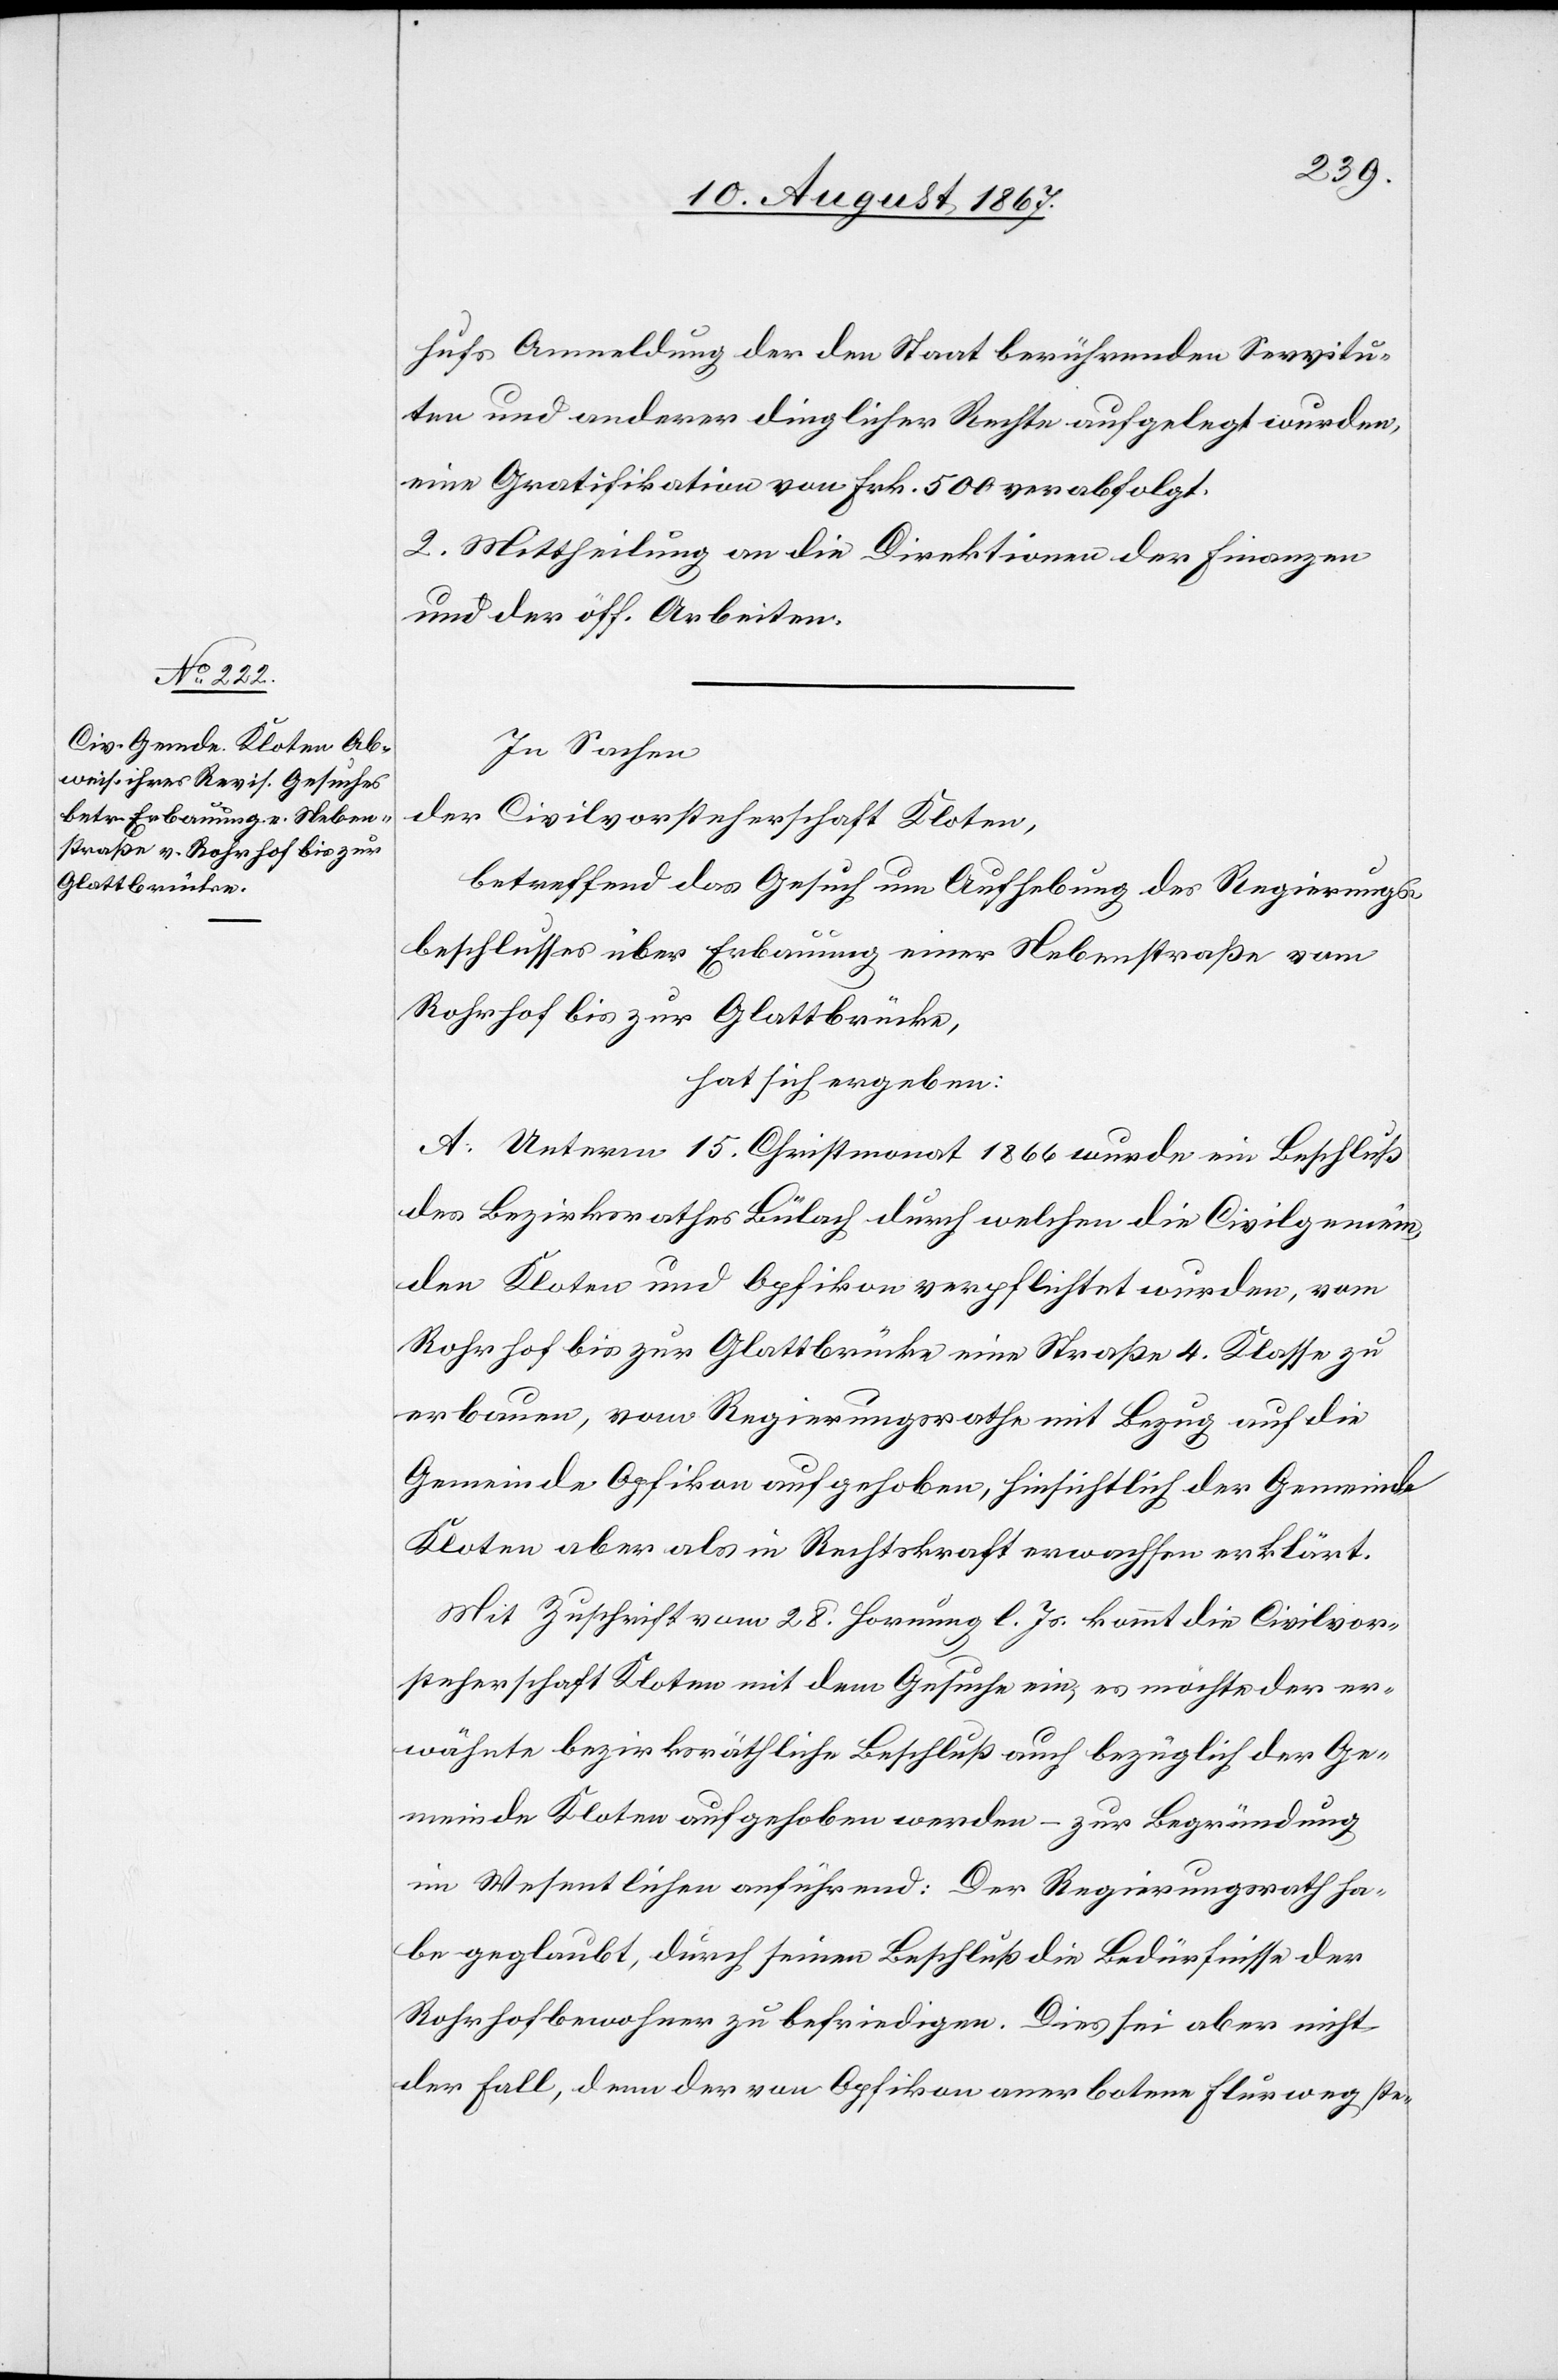
hufs Anmeldung der den Staat berührenden Servitu¬
ten und anderer dinglicher Rechte aufgelegt wurden,
eine Gratifikation von Frk. 500 verabfolgt.
2. Mittheilung an die Direktionen der Finanzen
und der öff. Arbeiten.
In Sachen
der Civilvorsteherschaft Kloten,
betreffend das Gesuch um Aufhebung des Regierungs¬
beschlusses über Erbauung einer Nebenstraße vom
Rohrhof bis zur Glattbrücke,
hat sich ergeben:
A. Unterm 15. Christmonat 1866 wurde ein Beschluß
des Bezirksrathes Bülach durch welchen die Civilgemein¬
den Kloten und Opfikon verpflichtet wurden, vom
Rohrhof bis zur Glattbrücke eine Straße 4. Klasse zu
erbauen, vom Regierungsrathe mit Bezug auf die
Gemeinde Opfikon aufgehoben, hinsichtlich der Gemeinde
Kloten aber als in Rechtskraft erwachsen erklärt.
Mit Zuschrift vom 28. Hornung l. Js. kommt die Civilvor¬
steherschaft Kloten mit dem Gesuche ein, es möchte der er¬
wähnte bezirksräthliche Beschluß auch bezüglich der Ge¬
meinde Kloten aufgehoben werden – zur Begründung
im Wesentlichen anführend: Der Regierungsrath ha¬
be geglaubt, durch seinen Beschluß die Bedürfnisse der
Rohrhofbewohner zu befriedigen. Dies sei aber nicht
der Fall, denn der von Opfikon anerbotene Flurweg ste-